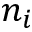
n _ { i }